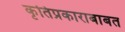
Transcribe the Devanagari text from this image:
कृतिप्रकाराबाबत